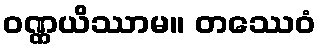
ဝဏ္ဏယိဿာမ။ တဿေဝံ